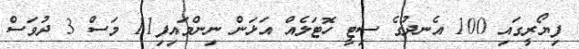
ފިޔޯރީގައި 100 އެނދުގެ ސިޓީ ހޮޓަލެއް އަޅަން ނިންމައިފި11 މަސް 3 ދުވަސް